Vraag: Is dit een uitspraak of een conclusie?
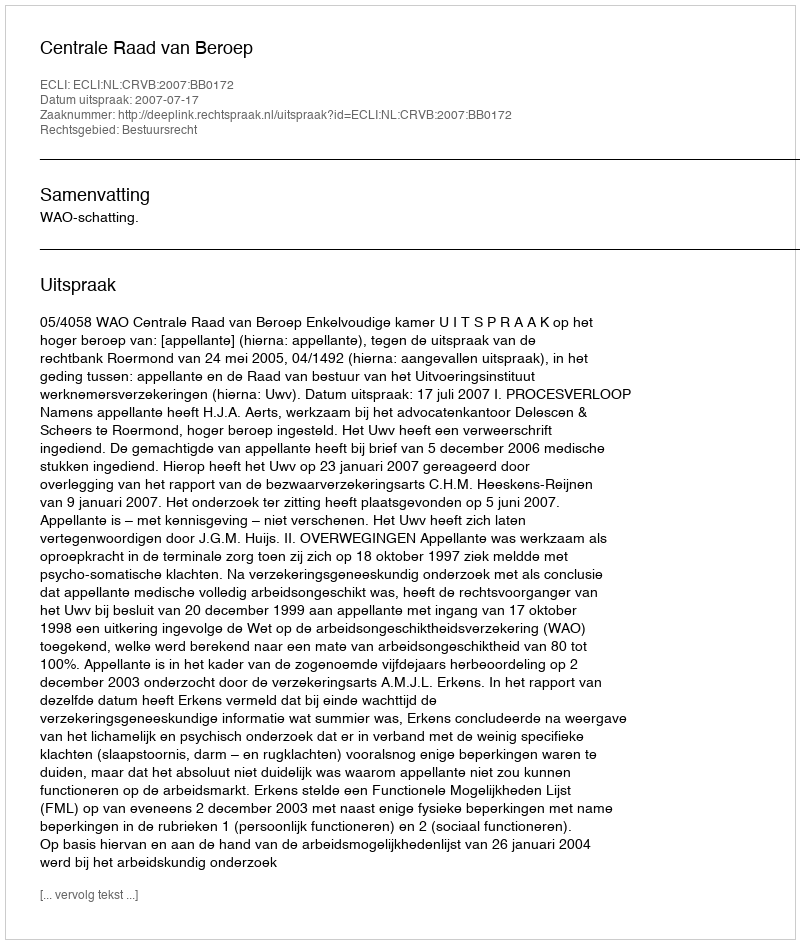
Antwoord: Uitspraak